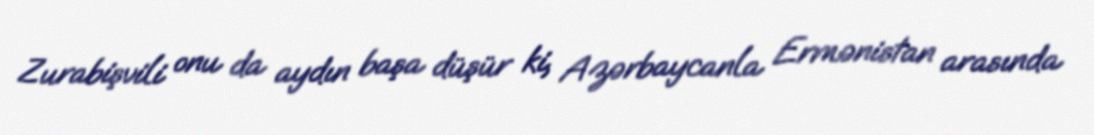
Zurabişvili onu da aydın başa düşür ki, Azərbaycanla Ermənistan arasında